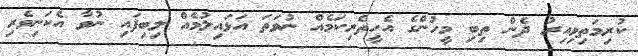
ކުރިމަތިވިއިރު ދެން ތިބި މީހުންގެ އެހީތެރިކަމެއް ނުވަތަ އަޅައިލުމެއް ލިބިފައި ނުވާ އެކަނިވެރި